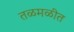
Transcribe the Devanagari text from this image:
तळमळीत